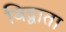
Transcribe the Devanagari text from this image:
विद्वाता